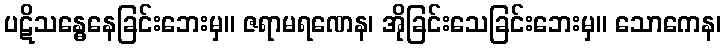
ပဋိသန္ဓေနေခြင်းဘေးမှ။ ဇရာမရဏေန၊ အိုခြင်းသေခြင်းဘေးမှ။ သောကေန၊